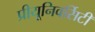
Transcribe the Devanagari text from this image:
प्रीयूनिवर्सिटी